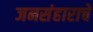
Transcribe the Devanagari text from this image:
जनसंहाराचे